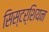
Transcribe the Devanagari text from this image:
सिस्टर्शियन